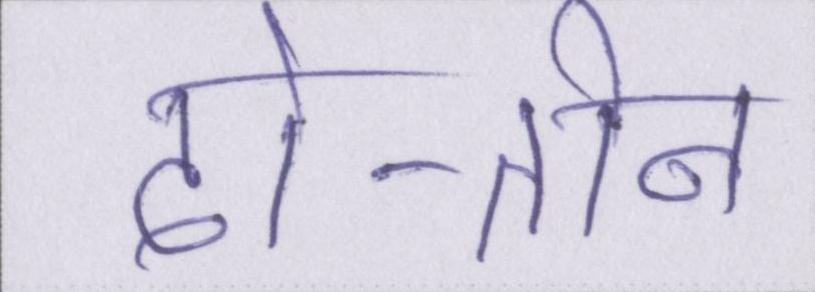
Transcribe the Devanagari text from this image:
दो-तीन